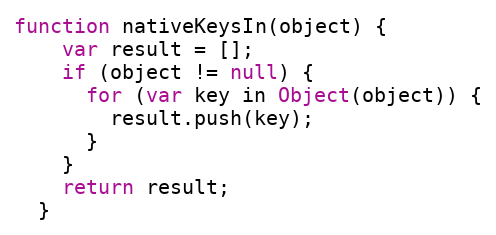
Language: JavaScript
function nativeKeysIn(object) {
    var result = [];
    if (object != null) {
      for (var key in Object(object)) {
        result.push(key);
      }
    }
    return result;
  }